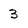
Character: 3